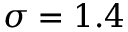
\sigma = 1 . 4